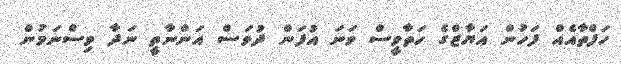
ހަފްތާއެއް ފަހުން އަޔާޒްގެ ހަތާވީސް ވަނަ އުފަން ދުވަސް އަންނާތީ ނަދާ ވިސްނަމުން